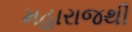
મહારાજથી